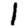
Digit: 1